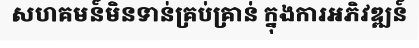
សហគមន៍មិនទាន់គ្រប់គ្រាន់ ក្នុងការអភិវឌ្ឍន៍